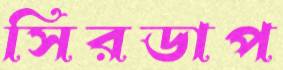
সিরডাপ